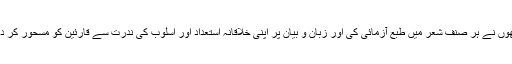
انھوں نے ہر صنف شعر میں طبع آزمائی کی اور زبان و بیان پر اپنی خلاقانہ استعداد اور اسلوب کی ندرت سے قارئین کو مسحور کر دیا۔